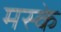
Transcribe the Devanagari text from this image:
मस्के